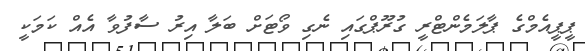
ޕީޕީއެމްގެ ޕާލަމެންޓްރީ ގުރޫޕްގައި ނެގި ވޯޓަށް ބަލާ އިރު ސާފުވާ އެއް ކަމަކީ